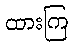
ထားကြ